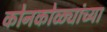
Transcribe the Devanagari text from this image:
कोनकोळ्यांच्या